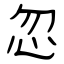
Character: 忽